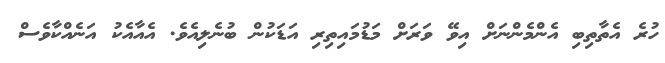
ހުރެ އެތާތިބި އެންމެންނަށް އިވޭ ވަރަށް މަޑުމައިތިރި އަޑަކުން ބުނެލިއެވެ. އެއާއެކު އަނެއްކާވެސް